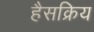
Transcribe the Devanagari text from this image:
हैसक्रिय